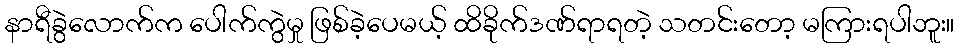
နာရီခွဲလောက်က ပေါက်ကွဲမှု ဖြစ်ခဲ့ပေမယ့် ထိခိုက်ဒဏ်ရာရတဲ့ သတင်းတော့ မကြားရပါဘူး။